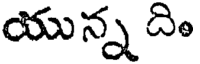
యున్న ది